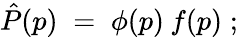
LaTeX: \hat{P}(p)\; =\; \phi(p)\: f(p)\; ;